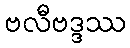
ဗလီဗဒ္ဒဿ